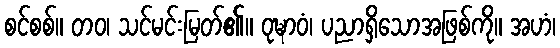
စင်စစ်။ တဝ၊ သင်မင်းမြတ်၏။ ဝုဍ္ဎာဝံ၊ ပညာရှိသောအဖြစ်ကို။ အဟံ၊